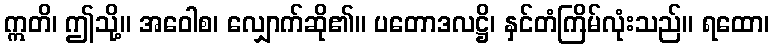
ဣတိ၊ ဤသို့။ အဝေါစ၊ လျှောက်ဆို၏။ ပတောဒလဋ္ဌိ၊ နှင်တံကြိမ်လုံးသည်။ ရထော၊